Account of plague administration in the Bombay Presidency from September 1896 till May 1897
Year: 1896
Disease focus: Plague
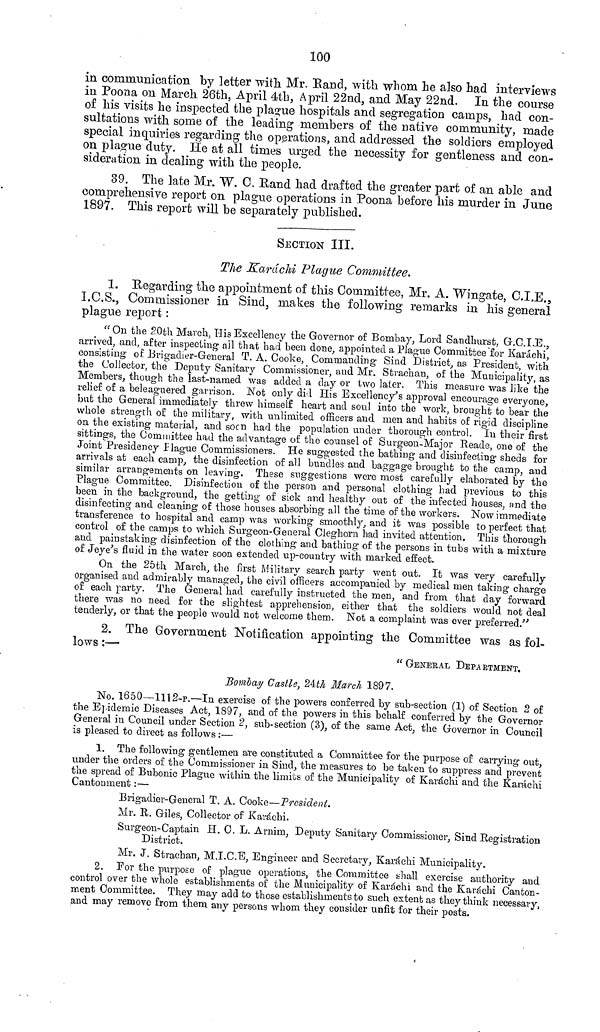
100
in conmmnication by letter with Mr. Eand, with whom he also had interviews
in Poona on Mardi 26th, April 4tb, April 22nd, and May 22nd. In the course
of his visits he inspected the plague hospitals and segregation camps, had con-
sultations with some of the leading members of the native community, made
special inquiries regarding the operations, and addressed the soldiers employed
on plague duty. He at all times urged the necessity for gentleness and con-
sideration in dealing with the people.
39. The late Mr. W. C. Rand had drafted the greater part of an able and
comprehensive report on plague operations in Poona before his murder in June
1897. This report will be separately published.
SECTION III.
The Karachi Plague Committee.
1. Regarding the appointment of this Committee, Mr. A. "Wingate, C.I.E.,
I.C.S., Commissioner in Sind, makes the following remarks in his general
plague report :
"On the 20th March, His Excellency the Governor of Bombay, Lord Sandhurst, G.C.I.E.,
arrived, and, after inspecting ail that had been done, appointed a Plague Committee for Karachi,
consisting oí Brigadier-General T. A. Cooke, Commanding Sind District, as President, with
the Collector, the Deputy Sanitary Commissioner, and Mr. Strachan, of the Municipality, as
Members, though the last-named was added a day or two later. This measure was like the
relief of a beleaguered garrison. Not only did His Excellency's approval encourage everyone,
but the General immediately threw himself heart and soul into the work, brought to bear the
whole strength of the military, with unlimited officers and men and habits of rigid discipline
on the existing material, and soon had the population under thorough control. In their first
sittings, the Committee had the advantage of the counsel of Surgeon-Major Reade, one of the
Joint Presidency Plague Commissioners. He suggested the bathing and disinfecting sheds for
arrivals at each camp, the disinfection of all bundles and baggage brought to the camp, and
similar arrangements on leaving. These suggestions were most carefully elaborated by the
Plague Committee. Disinfection of the person and personal clothing had previous to this
been in the background, the getting of sick and healthy out of the infected houses, and the
disinfecting and cleaning of those houses absorbing all the time of the workers. Now immediate
transference to hospital and camp was working smoothly, and it was possible to perfect that
control of the camps to which Surgeon-General Cleghorn had invited attention. This thorough
and painstaking disinfection of the clothing and bathing of the persons in tubs with a mixture
of Jeye's fluid in the water soon extended up-country with marked effect.
On the 25th March, the first Military search party went out. It was very carefully
organised and admirably managed, the civil officers accompanied by medical men taking charge
of each party. The General had carefully instructed the men, and from that clay forward
there was no need for the slightest apprehension, either that the soldiers would not deal
tenderly, or that the people would not welcome them. Not a complaint was ever preferred."
2. The Government Notification appointing the Committee was as fol-
lows :—
"GENERAL DEPARTMENT.
Bombay Castle, 24th March 1897.
No. 1650—1112-P.—In exercise of the powers conferred by sub-section (1) of Section 2 of
the E]idemic Diseases Act, 1897, and of the powers in this behalf conferred by the Governor
General in Council under Section 2, sub-section (3), of the same Act, the Governor in Council
is pleased to direct as follows :—
1. The following gentlemen are constituted a Committee for the purpose of carrying out,
under the orders of the Commissioner in Sind, the measures to be taken to suppress and prevent
the spread of Bubonic Plague within the limits of the Municipality of Karachi and the Karachi
Cantonment :—
Brigadier-General T. A. Cooke—President.
Mr. R. Giles, Collector of Karachi.
Surgeon-Captain H. C. L. Arnim, Deputy Sanitary Commissioner, Sind Registration
District.
Mr. J. Strachan, M.I.C.E, Engineer and Secretary, Karachi Municipality.
2. For the purpose of plague operations, the Committee shall exercise authority and
control over the whole establishments of the Municipality of Karachi and the Karachi Canton-
ment Committee. They may add to those establishments to such extent as they think necessary,
and may remove from them any persons whom they consider unfit for their posts.